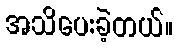
အသိပေးခဲ့တယ်။